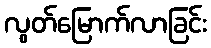
လွတ်မြောက်လာခြင်း